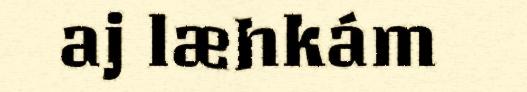
aj læhkám